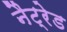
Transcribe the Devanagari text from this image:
नैट्रेड